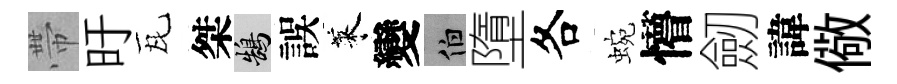
帶旴瓦桀鵠誤萊變伯墮各蜿懵劒諱儆